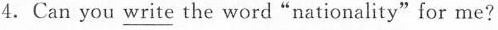
4.Can you \underline{write} the word"nationality"for me?